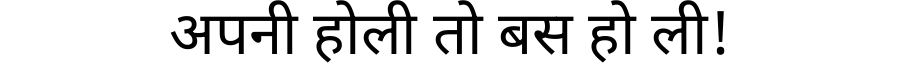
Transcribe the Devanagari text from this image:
अपनी होली तो बस हो ली!